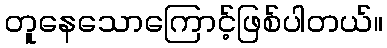
တူနေသောကြောင့်ဖြစ်ပါတယ်။